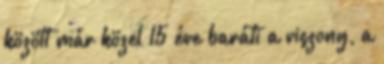
között már közel 15 éve baráti a viszony, a